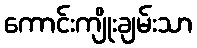
ကောင်းကျိုးချမ်းသာ